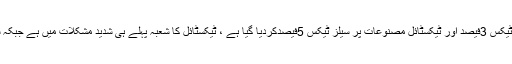
یارن مرچنٹس ایسوسی ایشن ذرائع کے مطابق بجٹ میں سوتی دھاگے اور کپڑے پر سیلز ٹیکس 3فیصد اور ٹیکسٹائل مصنوعات پر سیلز ٹیکس 5فیصدکردیا گیا ہے ، ٹیکسٹائل کا شعبہ پہلے ہی شدید مشکلات میں ہے جبکہ سوتی دھاگے اور کپڑے کی تجارت مختلف قسم کے ٹیکسز کے بوجھ تلے دبی ہوئی ہے ۔